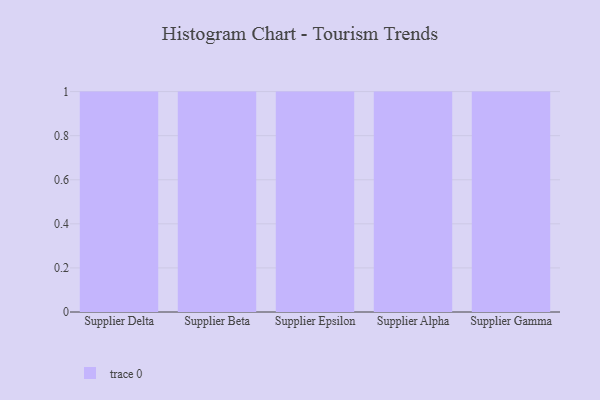
{"axis": {"x": "Supplier", "y": "Operating Costs (USD K)"}, "legend": [""], "data": [{"x": "Supplier Delta", "y": 57, "type": ""}, {"x": "Supplier Beta", "y": 38, "type": ""}, {"x": "Supplier Epsilon", "y": 21, "type": ""}, {"x": "Supplier Alpha", "y": 89, "type": ""}, {"x": "Supplier Gamma", "y": 93, "type": ""}]}